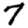
Digit: 7